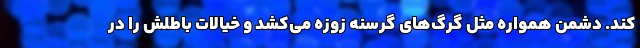
کند. دشمن همواره مثل گرگ‌های گرسنه زوزه می‌کشد و خیالات باطلش را در